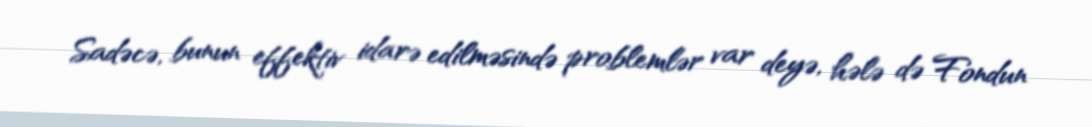
Sadəcə, bunun effektiv idarə edilməsində problemlər var deyə, hələ də Fondun